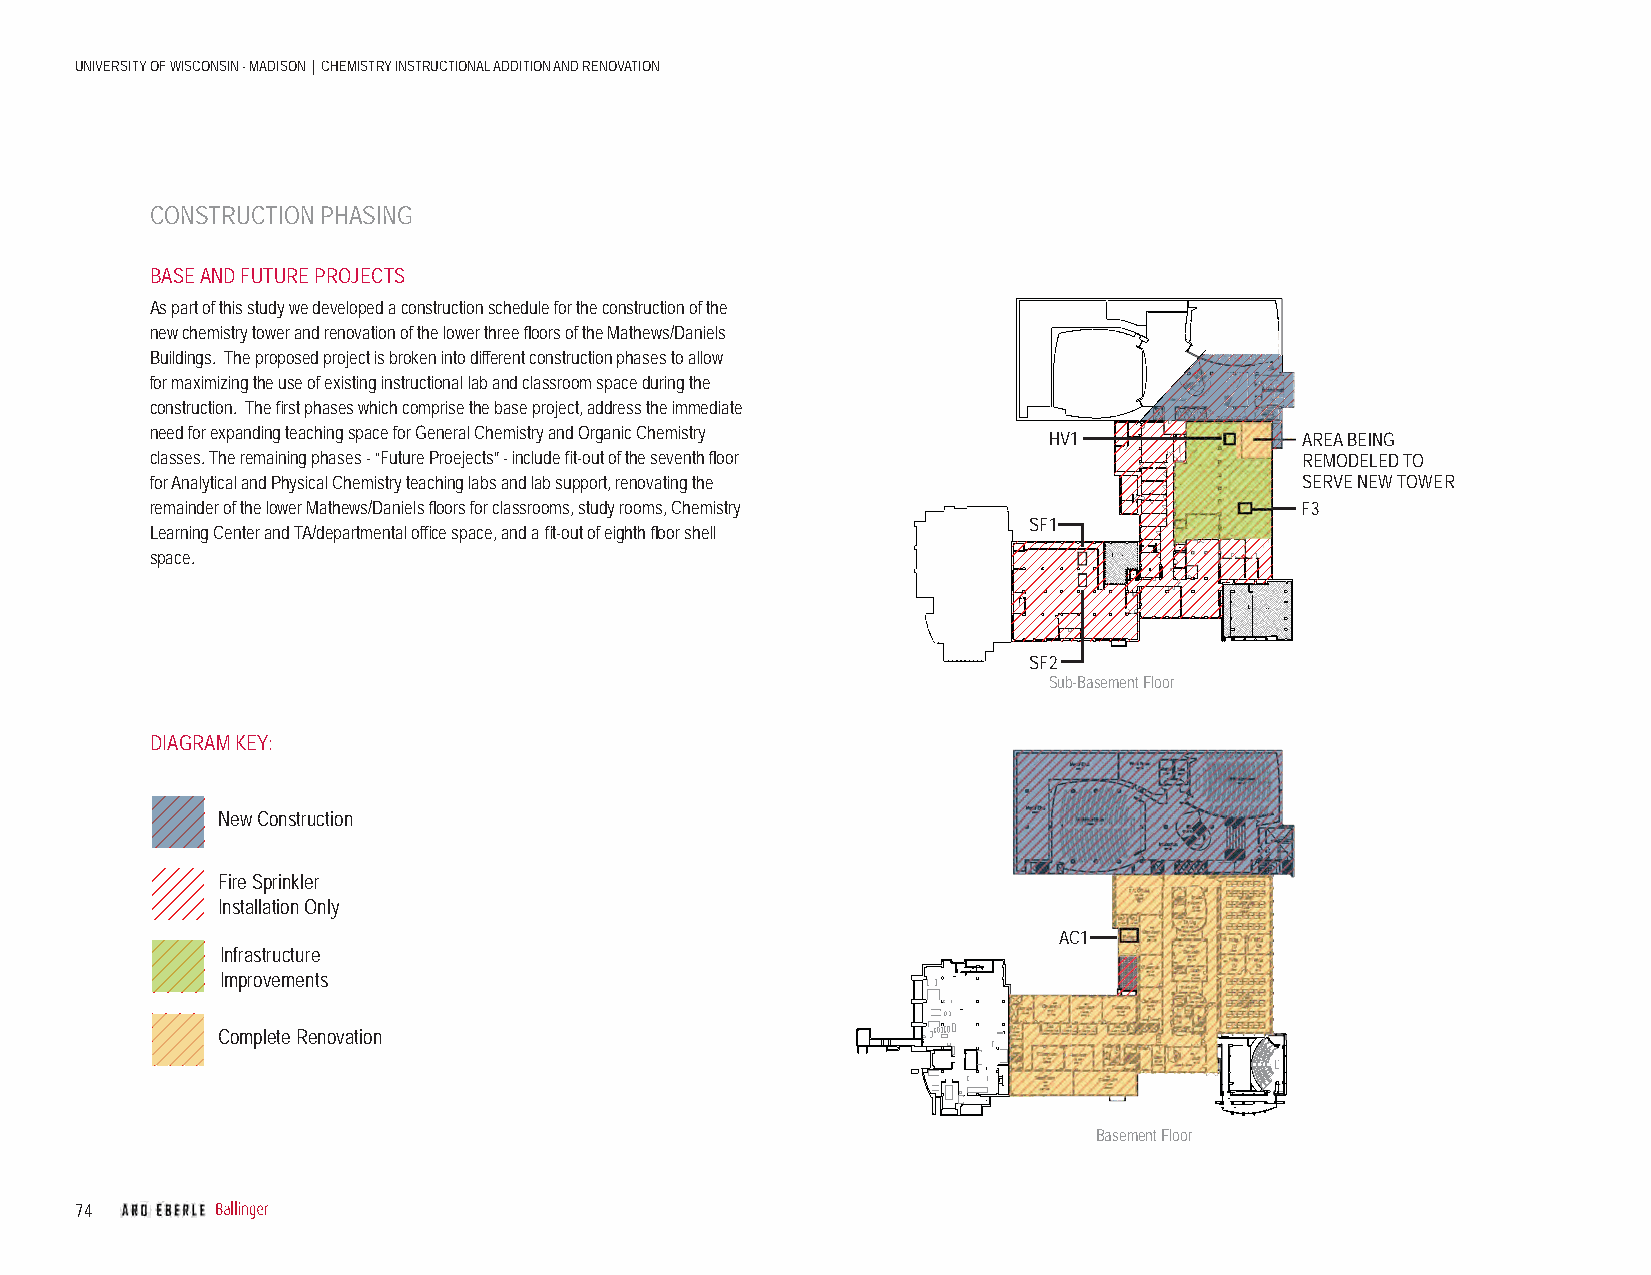
UNIVERSITY OF WISCONSIN - MADISON | CHEMISTRY INSTRUCTIONAL ADDITION AND RENOVATION
 CONSTRUCTION PHASING
 BASE AND FUTURE PROJECTS
 As part of this study we developed a construction schedule for the construction of the
 new chemistry tower and renovation of the lower three fl oors of the Mathews/Daniels
 Buildings. The proposed project is broken into different construction phases to allow
 for maximizing the use of existing instructional lab and classroom space during the
 construction. The fi rst phases which comprise the base project, address the immediate
 need for expanding teaching space for General Chemistry and Organic Chemistry
 HV1              AREA BEING
 classes. The remaining phases - “Future Proejects” - include fi t-out of the seventh fl oor REMODELED TO
 for Analytical and Physical Chemistry teaching labs and lab support, renovating the SERVE NEW TOWER
 remainder of the lower Mathews/Daniels fl oors for classrooms, study rooms, Chemistry F3
 SF1
 Learning Center and TA/departmental offi ce space, and a fi t-out of eighth fl oor shell
 space.
 SF2
 Sub-Basement Floor
 DIAGRAM KEY:
 New Construction
 Fire Sprinkler
 Installation Only
 AC1
 Infrastructure
 Improvements
 Complete Renovation
 Basement Floor
 74